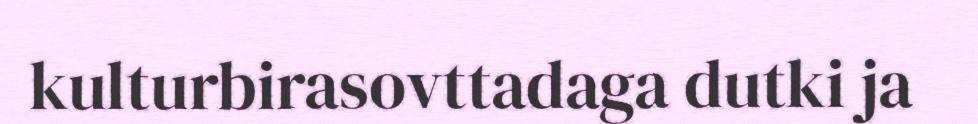
kulturbirasovttadaga dutki ja